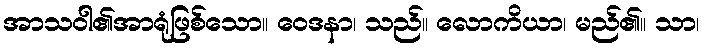
အာသဝါ၏အာရုံဖြစ်သော။ ဝေဒနာ၊ သည်။ လောကိယာ၊ မည်၏။ သာ၊